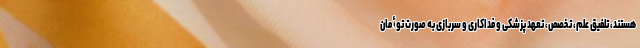
هستند، تلفیق علم، تخصص، تعهد پزشکی و فداکاری و سربازی به صورت توأمان